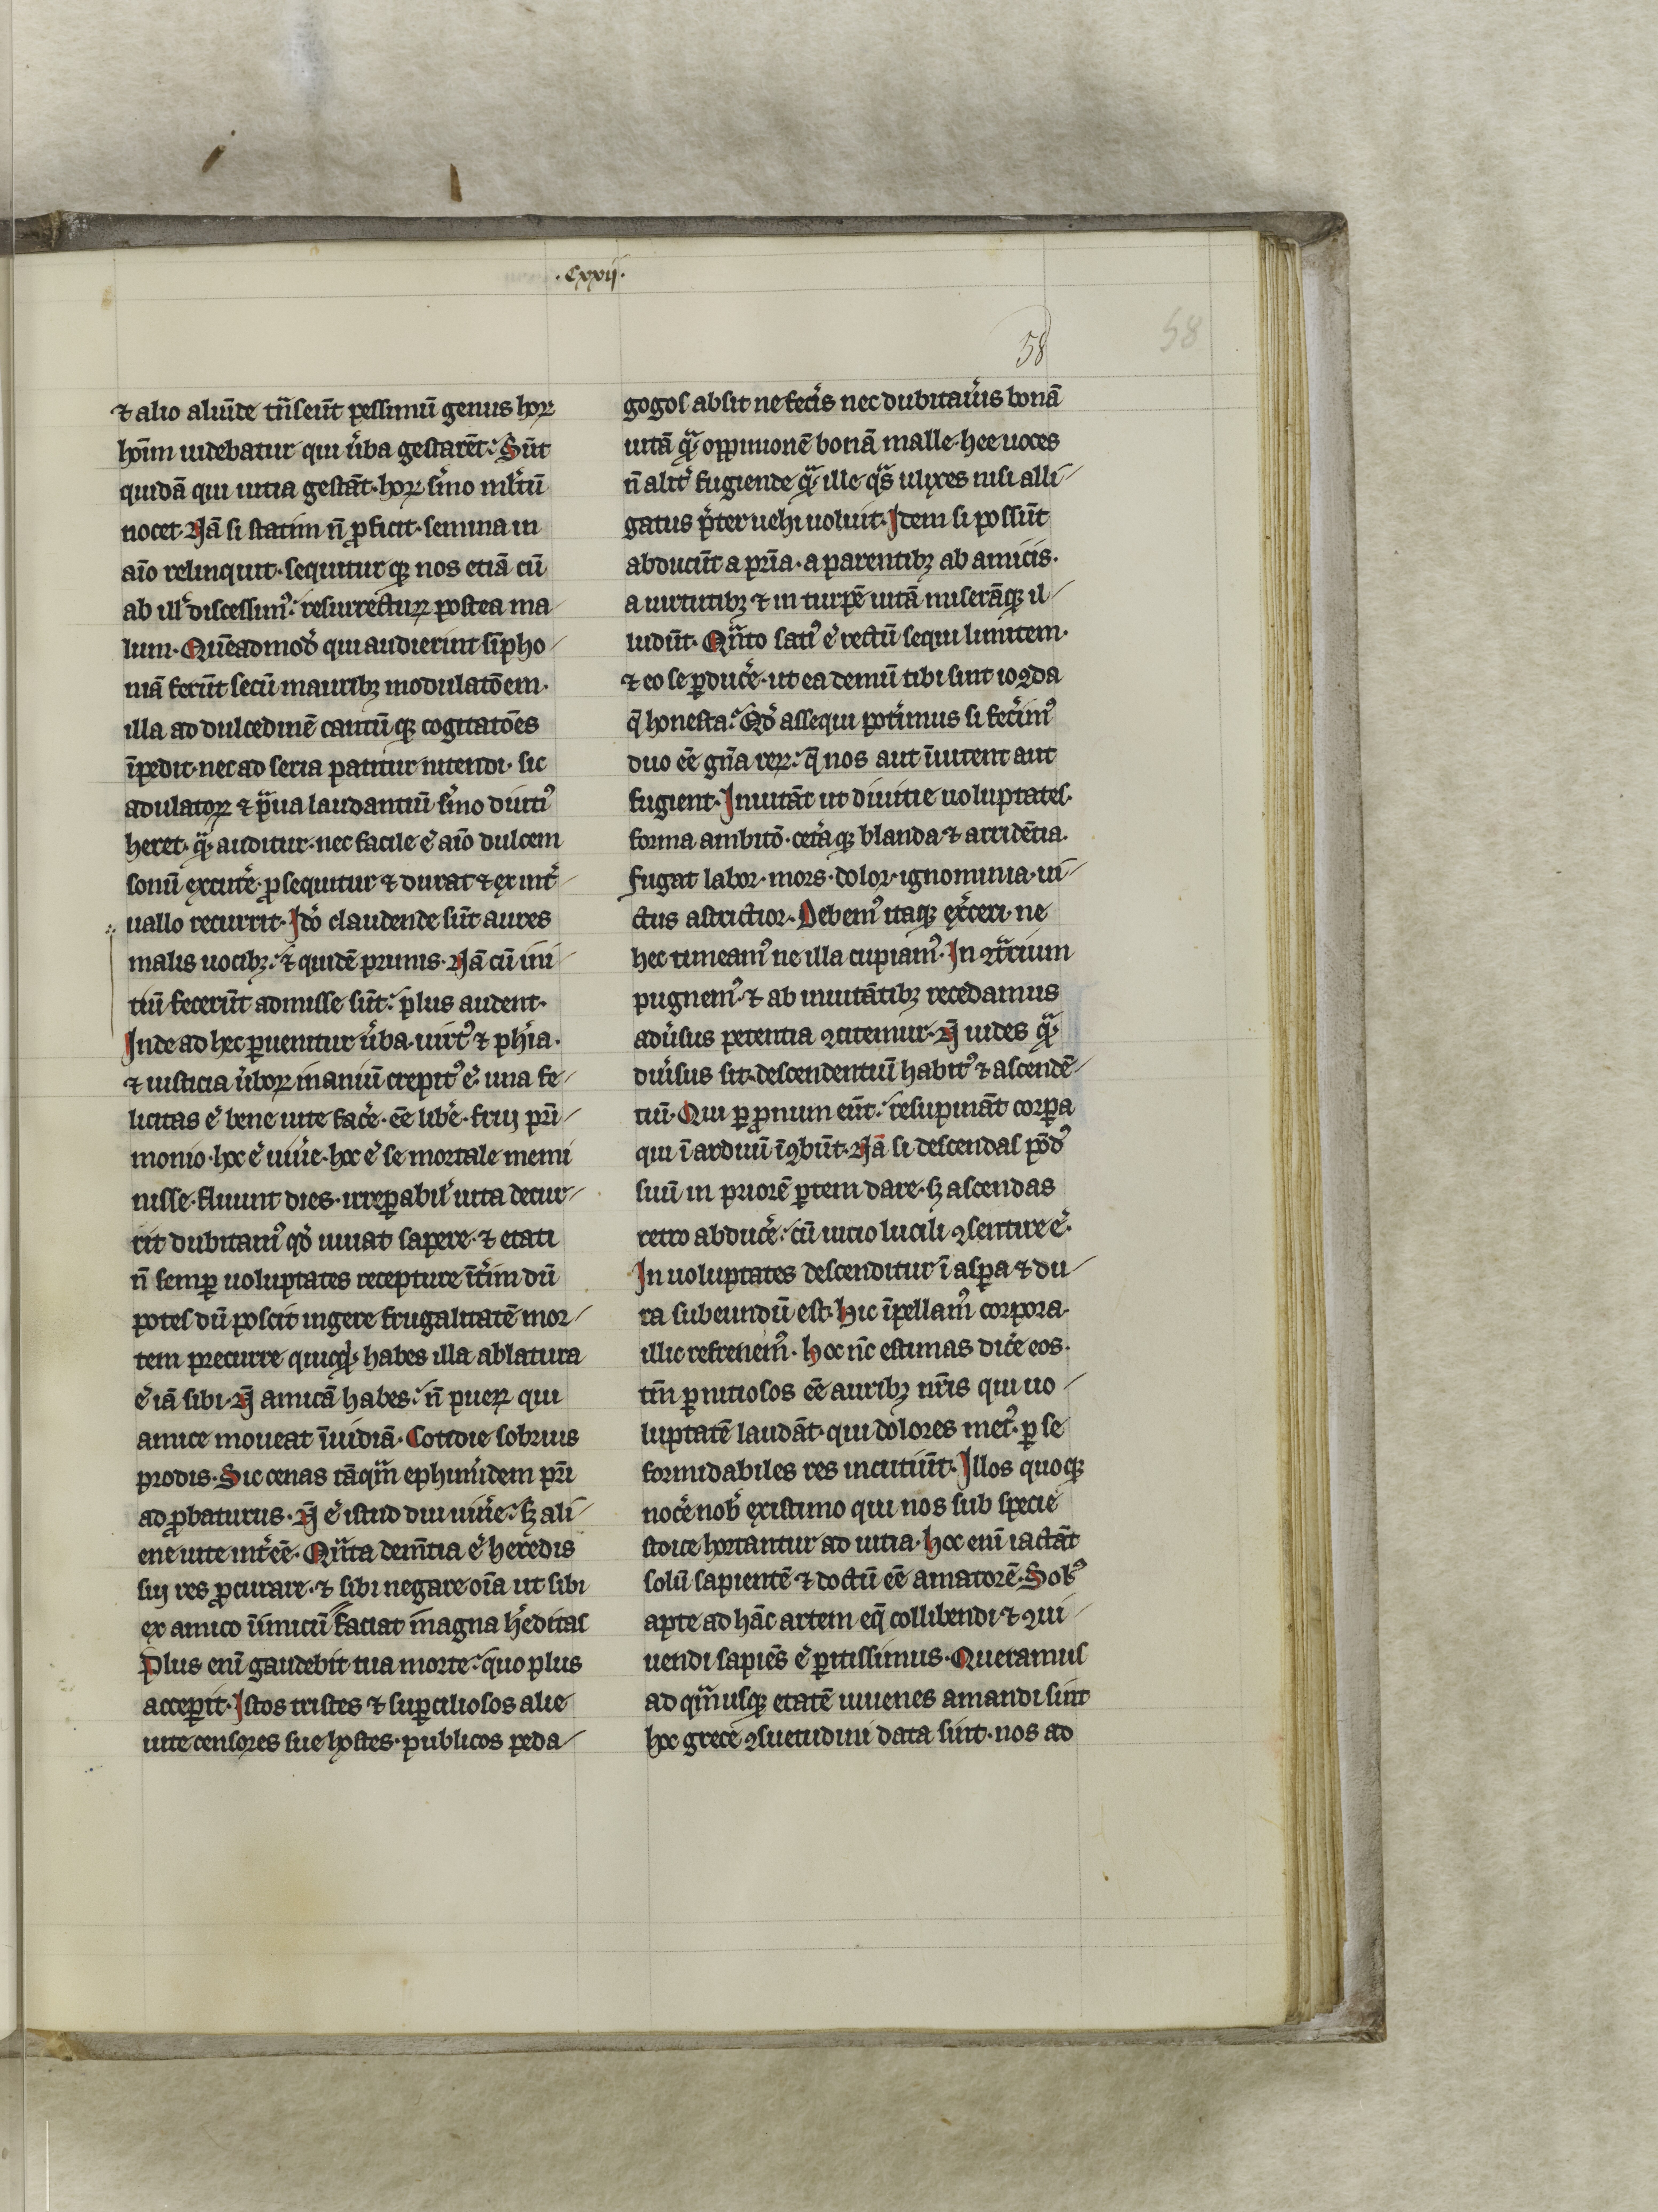
Shelfmark: Arras, Médiathèque de l'Abbaye Saint-Vaast - 315  (CGM 861)
Century: 14